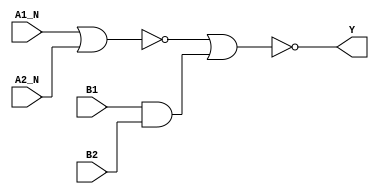
module sky130_fd_sc_hd__a2bb2oi (
    Y   ,
    A1_N,
    A2_N,
    B1  ,
    B2
);

    // Module ports
    output Y   ;
    input  A1_N;
    input  A2_N;
    input  B1  ;
    input  B2  ;

    // Module supplies
    supply1 VPWR;
    supply0 VGND;
    supply1 VPB ;
    supply0 VNB ;

    // Local signals
    wire and0_out  ;
    wire nor0_out  ;
    wire nor1_out_Y;

    //  Name  Output      Other arguments
    and and0 (and0_out  , B1, B2            );
    nor nor0 (nor0_out  , A1_N, A2_N        );
    nor nor1 (nor1_out_Y, nor0_out, and0_out);
    buf buf0 (Y         , nor1_out_Y        );

endmodule